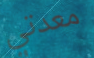
معدتي